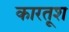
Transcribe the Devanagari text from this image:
कारतूश